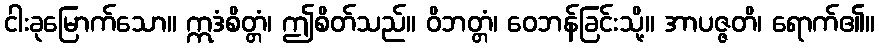
ငါးခုမြောက်သော။ ဣဒံစိတ္တံ၊ ဤစိတ်သည်။ ဝိဘတ္တံ၊ ဝေဘန်ခြင်းသို့။ အာပဇ္ဇတိ၊ ရောက်၏။